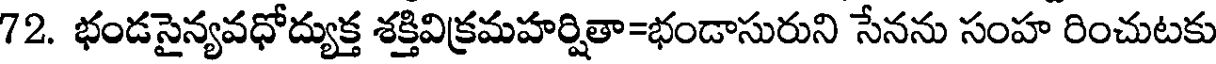
72. భండసైన్యవధోద్యుక్త శక్తివిక్రమహర్షితా=భండాసురుని సేనను సంహ రించుటకు